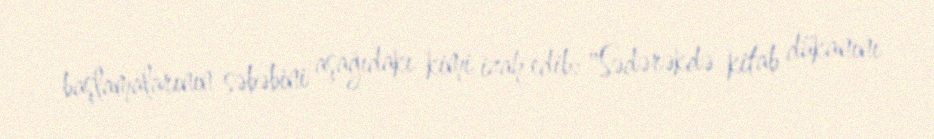
başlamalarının səbəbini aşağıdakı kimi izah edib: "Sədərəkdə kitab dükanını